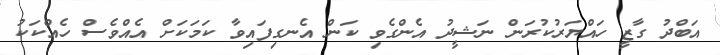
އަބްދު ގާޒީ ހައްޔަރުކުރަން ނަޝީދު އެންގެވި ކަން އެނގިފައިވާ ކަމަކަށް އެއްވެސް ހެއްކަކު